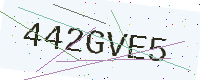
Text: 442GVE5